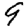
Digit: 9